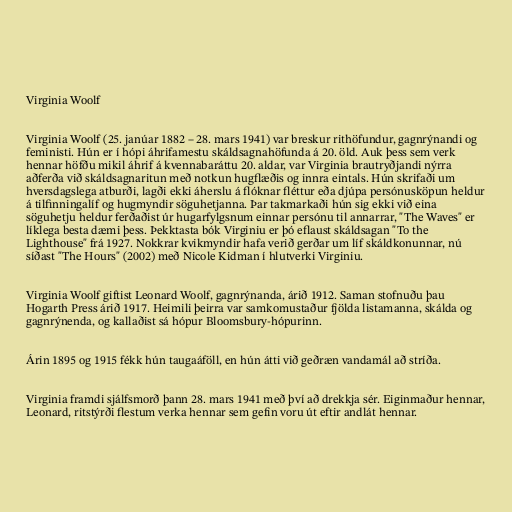
Virginia Woolf

Virginia Woolf (25. janúar 1882 – 28. mars 1941) var breskur rithöfundur, gagnrýnandi og
feministi. Hún er í hópi áhrifamestu skáldsagnahöfunda á 20. öld. Auk þess sem verk
hennar höfðu mikil áhrif á kvennabaráttu 20. aldar, var Virginia brautryðjandi nýrra
aðferða við skáldsagnaritun með notkun hugflæðis og innra eintals. Hún skrifaði um
hversdagslega atburði, lagði ekki áherslu á flóknar fléttur eða djúpa persónusköpun heldur
á tilfinningalíf og hugmyndir söguhetjanna. Þar takmarkaði hún sig ekki við eina
söguhetju heldur ferðaðist úr hugarfylgsnum einnar persónu til annarrar, "The Waves" er
líklega besta dæmi þess. Þekktasta bók Virginiu er þó eflaust skáldsagan "To the
Lighthouse" frá 1927. Nokkrar kvikmyndir hafa verið gerðar um líf skáldkonunnar, nú
síðast "The Hours" (2002) með Nicole Kidman í hlutverki Virginiu.

Virginia Woolf giftist Leonard Woolf, gagnrýnanda, árið 1912. Saman stofnuðu þau
Hogarth Press árið 1917. Heimili þeirra var samkomustaður fjölda listamanna, skálda og
gagnrýnenda, og kallaðist sá hópur Bloomsbury-hópurinn.

Árin 1895 og 1915 fékk hún taugaáföll, en hún átti við geðræn vandamál að stríða.

Virginia framdi sjálfsmorð þann 28. mars 1941 með því að drekkja sér. Eiginmaður hennar,
Leonard, ritstýrði flestum verka hennar sem gefin voru út eftir andlát hennar.